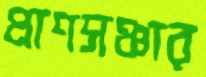
প্রাণসঞ্চার